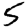
Digit: 5